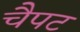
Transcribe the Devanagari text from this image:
चैपट